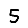
Digit: 5